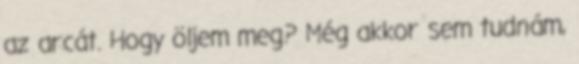
az arcát. Hogy öljem meg? Még akkor sem tudnám,